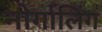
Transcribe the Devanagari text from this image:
नोर्गालिंग